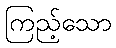
ကြည့်သော